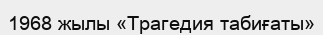
1968 жылы «Трагедия табиғаты»